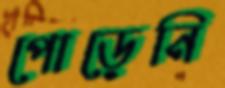
পোড়েনি